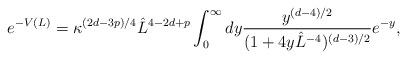
LaTeX: \begin{align*}e^{-V(L)} = \kappa^{(2d-3p)/4} \hat L^{4- 2d +p} \int_0^\infty dy {y^{(d-4)/2}\over (1+ 4y \hat L^{-4} )^{(d-3)/2}} e^{-y} ,\end{align*}